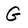
Character: G